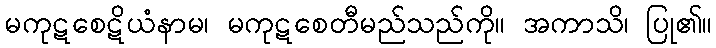
မကုဋစေဋိယံနာမ၊ မကုဋစေတီမည်သည်ကို။ အကာသိ၊ ပြု၏။